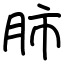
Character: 肺